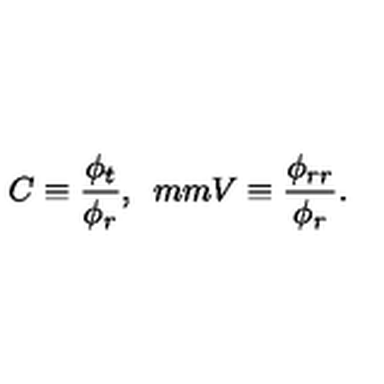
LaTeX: C \equiv \frac { \phi _ { t } } { \phi _ { r } } , \hspace * { 5 m m } V \equiv \frac { \phi _ { r r } } { \phi _ { r } } .